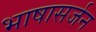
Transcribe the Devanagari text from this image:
भाषासर्जन